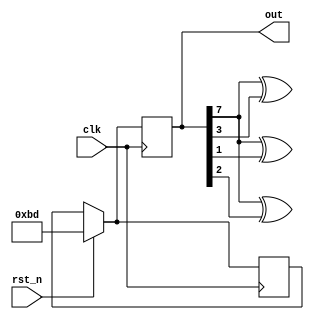

module LFSR1(clk, rst_n, out);
	input clk;
	input rst_n;
	output reg [7:0] out;
	reg [7:0] DFF;
	wire D1, D2, D3;
	assign D1 = out[7]^out[1];
	assign D2 = out[7]^out[2];
	assign D3 = out[7]^out[3];
	always@(posedge clk)begin
		if(rst_n)begin
			out <= 8'b10111101;
			DFF <= 8'b10111101;
		end else begin
			out <= DFF;
		end
	end
	always@(*) begin
		DFF = {out[6:4], D3, D2, D1, out[0], out[7]};
	end

endmodule

module LFSR2(clk, rst_n, out);
input clk;
input rst_n;
output reg [7:0] out;
reg [7:0] DFF;
wire fir = ((DFF[1]^DFF[2])^(DFF[3]^DFF[7]));
always@(posedge clk)begin
	if(rst_n)begin
		out <= 8'b10111101;
		DFF <= 8'b10111101;
	end else begin
		out <= DFF;
		DFF[7:1] <= DFF[6:0];
		DFF[0] <= fir;
	end
end


endmodule